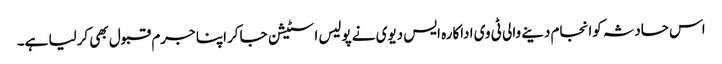
اس حادثہ کوانجام دینے والی ٹی وی اداکارہ ایس دیوی نے پولیس اسٹیشن جا کراپنا جرم قبول بھی کرلیا ہے۔